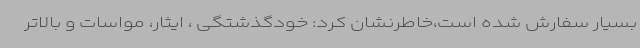
بسیار سفارش شده است،خاطرنشان کرد: خودگذشتگی ، ایثار، مواسات و بالاتر